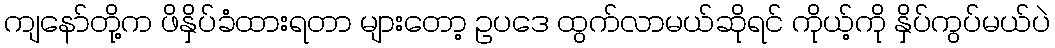
ကျနော်တို့က ဖိနှိပ်ခံထားရတာ များတော့ ဥပဒေ ထွက်လာမယ်ဆိုရင် ကိုယ့်ကို နှိပ်ကွပ်မယ်ပဲ